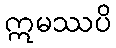
ဣမဿပိ